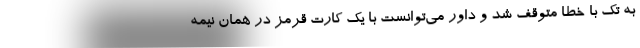
به تک با خطا متوقف شد و داور می‌توانست با یک کارت قرمز در همان نیمه